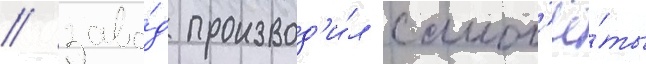
/ заво́д производ'и́л самол'ё́ты